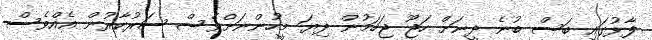
ފާޅުގައި ބަސް ބުނެ ދީނަށް ހަޖޫ ޖަހަމުން ދިޔަ މީހުންނަށްވެސް ސަރުކާރުން އެއްވެސް